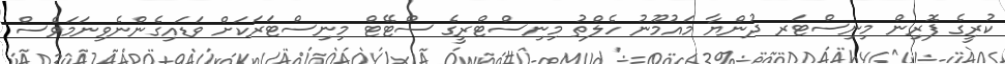
ކުރީގެ ފޮރިން މިނިސްޓަރ ދުންޔާ މައުމޫނު ހެލްތު މިނިސްޓްރީގެ ސްޓޭޓް މިނިސްޓަރަކަށް ވަޑައިގެންނެވިނަމަވެސް